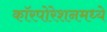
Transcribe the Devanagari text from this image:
कॉरपोरेशनमध्ये